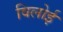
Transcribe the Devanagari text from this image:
विलोई